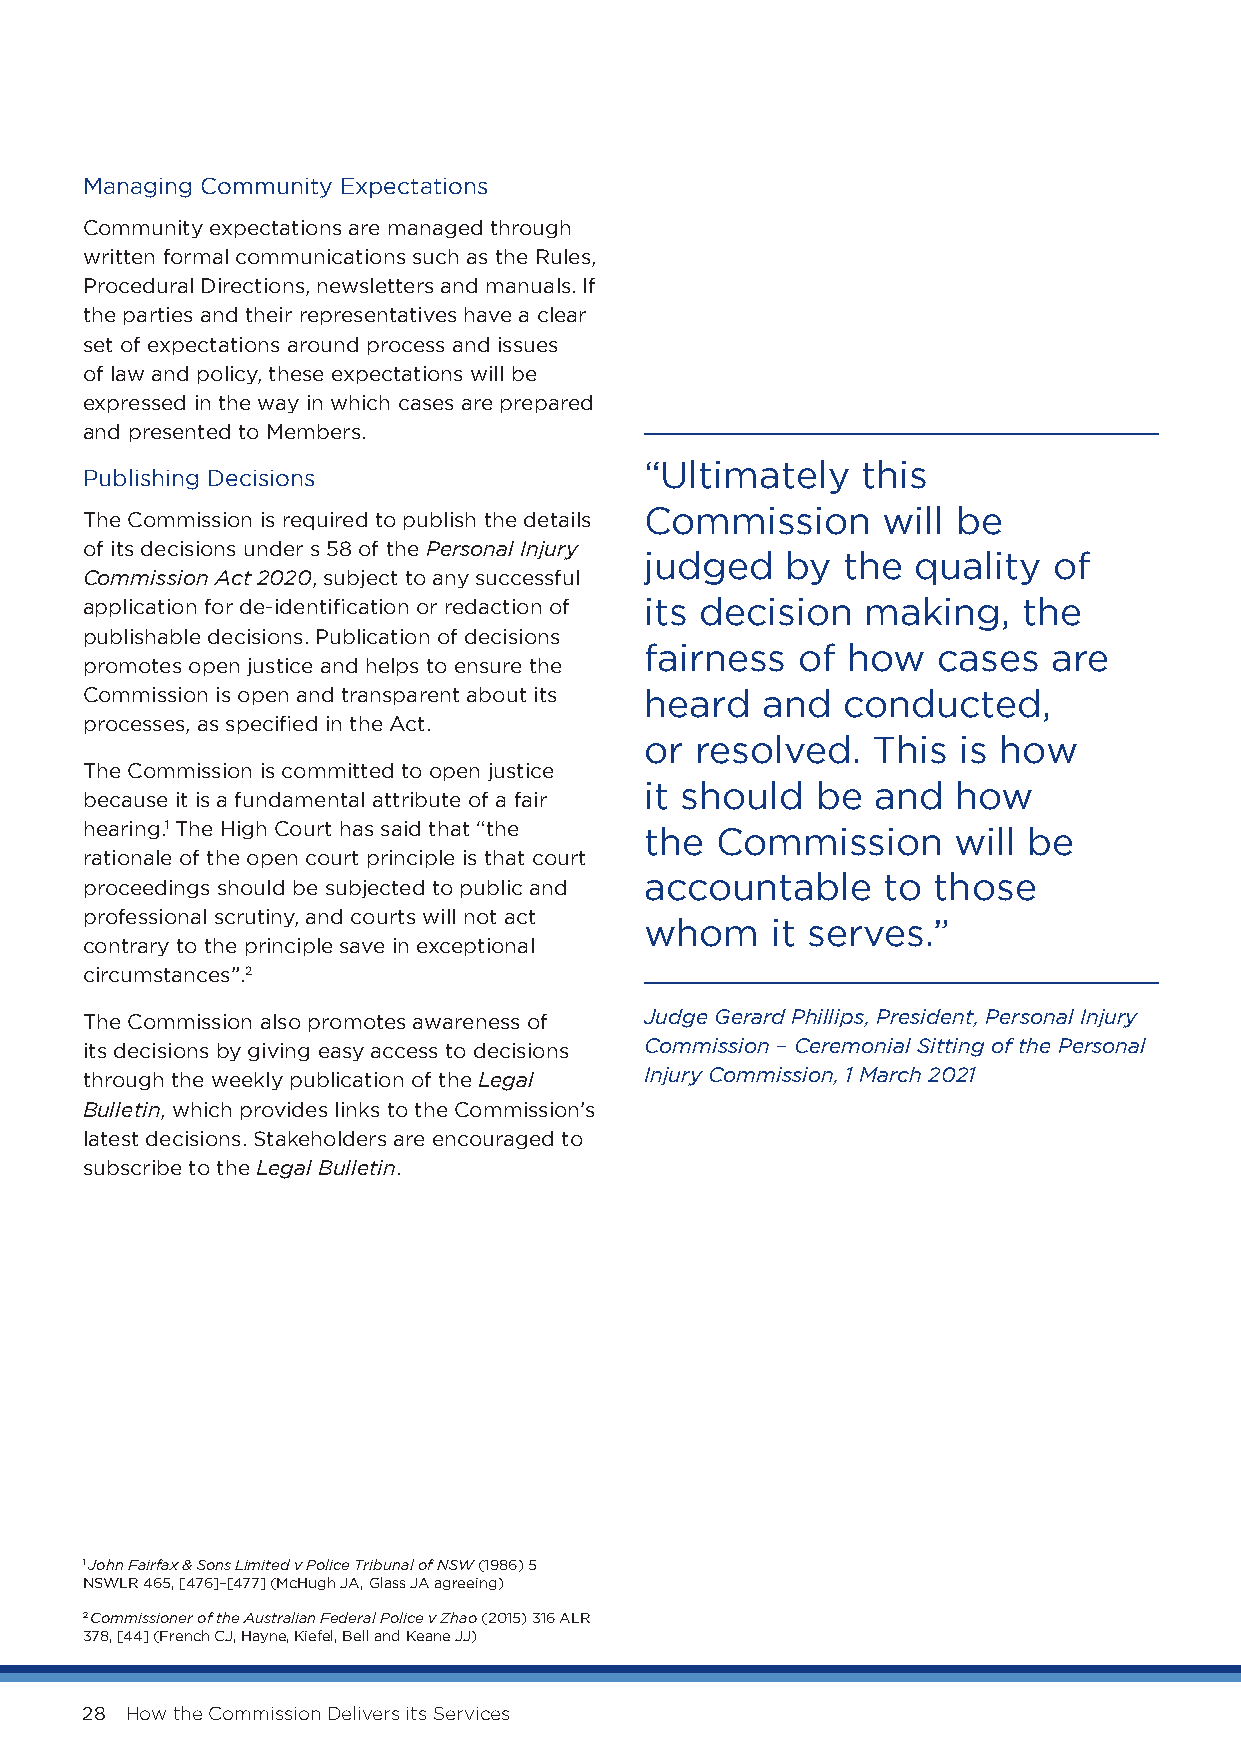
Managing Community Expectations
 Community expectations are managed through
 written formal communications such as the Rules,
 Procedural Directions, newsletters and manuals. If
 the parties and their representatives have a clear
 set of expectations around process and issues
 of law and policy, these expectations will be
 expressed in the way in which cases are prepared
 and presented to Members.
 “Ultimately   this
 Publishing Decisions
 Commission     will be
 The Commission is required to publish the details
 of its decisions under s 58 of the Personal Injury
 judged   by  the  quality  of
 Commission Act 2020, subject to any successful
 application for de-identification or redaction of its decision making, the
 publishable decisions. Publication of decisions
 fairness  of how   cases   are
 promotes open justice and helps to ensure the
 Commission is open and transparent about its heard and conducted,
 processes, as specified in the Act.
 or resolved.   This is how
 The Commission is committed to open justice
 it should  be  and  how
 because it is a fundamental attribute of a fair
 hearing.1 The High Court has said that “the the Commission will be
 rationale of the open court principle is that court
 accountable    to  those
 proceedings should be subjected to public and
 professional scrutiny, and courts will not act
 whom    it serves.”
 contrary to the principle save in exceptional
 circumstances”.2
 The Commission also promotes awareness of Judge Gerard Phillips, President, Personal Injury
 its decisions by giving easy access to decisions Commission – Ceremonial Sitting of the Personal
 through the weekly publication of the Legal Injury Commission, 1 March 2021
 Bulletin, which provides links to the Commission’s
 latest decisions. Stakeholders are encouraged to
 subscribe to the Legal Bulletin.
 1 John Fairfax & Sons Limited v Police Tribunal of NSW (1986) 5
 NSWLR 465, [476]–[477] (McHugh JA, Glass JA agreeing)
 2 Commissioner of the Australian Federal Police v Zhao (2015) 316 ALR
 378, [44] (French CJ, Hayne, Kiefel, Bell and Keane JJ)
 28 How the Commission Delivers its Services